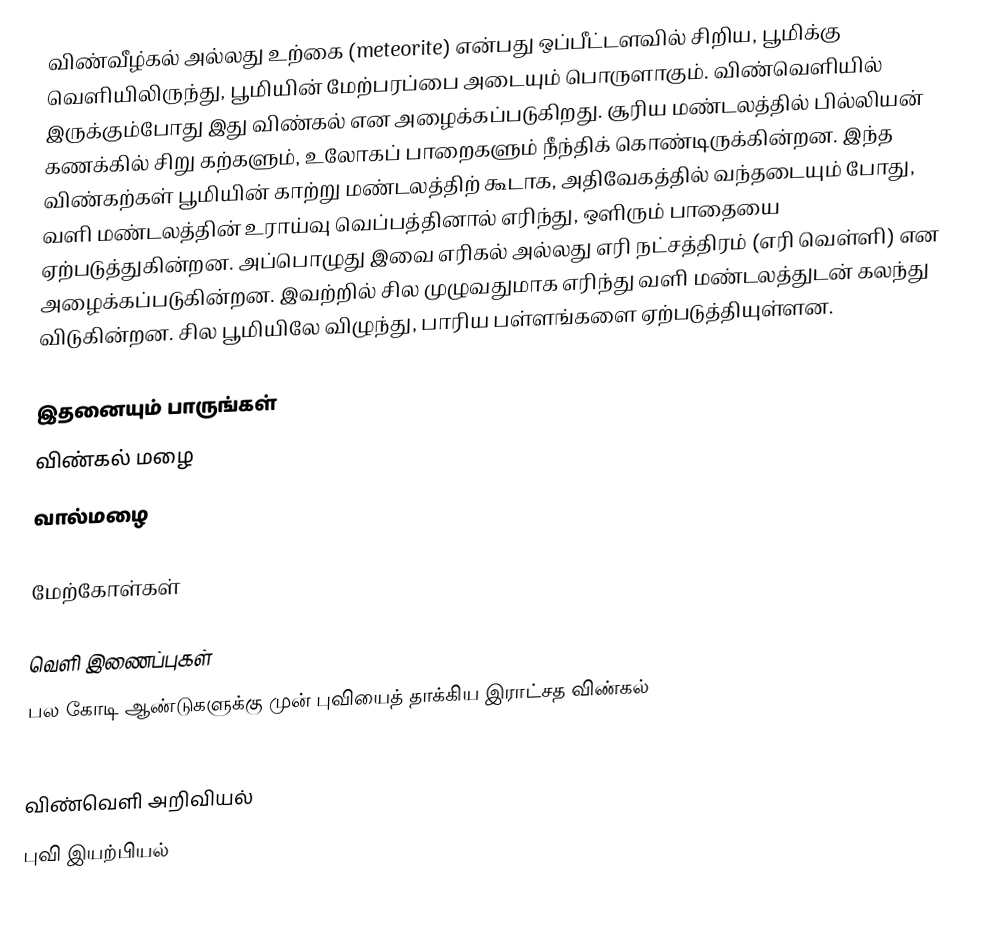
விண்வீழ்கல் அல்லது உற்கை (meteorite) என்பது ஒப்பீட்டளவில் சிறிய, பூமிக்கு வெளியிலிருந்து, பூமியின் மேற்பரப்பை அடையும் பொருளாகும். விண்வெளியில் இருக்கும்போது இது விண்கல் என அழைக்கப்படுகிறது. சூரிய மண்டலத்தில் பில்லியன் கணக்கில் சிறு கற்களும், உலோகப் பாறைகளும் நீந்திக் கொண்டிருக்கின்றன. இந்த விண்கற்கள் பூமியின் காற்று மண்டலத்திற் கூடாக, அதிவேகத்தில் வந்தடையும் போது, வளி மண்டலத்தின் உராய்வு வெப்பத்தினால் எரிந்து, ஒளிரும் பாதையை ஏற்படுத்துகின்றன. அப்பொழுது இவை எரிகல் அல்லது எரி நட்சத்திரம் (எரி வெள்ளி) என அழைக்கப்படுகின்றன. இவற்றில் சில முழுவதுமாக எரிந்து வளி மண்டலத்துடன் கலந்து விடுகின்றன. சில பூமியிலே விழுந்து, பாரிய பள்ளங்களை ஏற்படுத்தியுள்ளன.

இதனையும் பாருங்கள்
விண்கல் மழை
வால்மழை

மேற்கோள்கள்

வெளி இணைப்புகள்
பல கோடி ஆண்டுகளுக்கு முன் புவியைத் தாக்கிய இராட்சத விண்கல்

விண்வெளி அறிவியல்
புவி இயற்பியல்